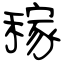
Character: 稼